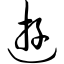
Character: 游